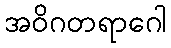
အဝိဂတရာဂေါ